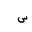
Letter: _sin